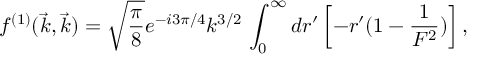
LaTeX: f ^ { ( 1 ) } ( \vec { k } , \vec { k } ) = \sqrt { \frac { \pi } { 8 } } e ^ { - i 3 \pi / 4 } k ^ { 3 / 2 } \, \int _ { 0 } ^ { \infty } d r ^ { \prime } \left[ - r ^ { \prime } ( 1 - \frac { 1 } { F ^ { 2 } } ) \right] ,